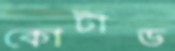
কোটাড